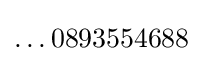
\ldots 0893554688